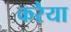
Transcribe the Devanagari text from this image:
करैया